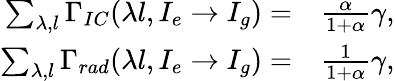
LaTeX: \begin{array}{rl}{\sum_{\lambda,l}\Gamma_{IC}(\lambda l,I_{e}\to I_{g})=}&{{}\frac{\alpha}{1+\alpha}\gamma,}\\ {\sum_{\lambda,l}\Gamma_{rad}(\lambda l,I_{e}\to I_{g})=}&{{}\frac{1}{1+\alpha}\gamma,}\end{array}